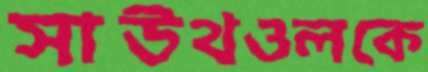
সাউথওলকে